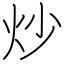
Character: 炒